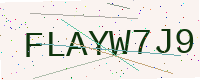
Text: FLAYW7J9